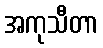
အကုသီတာ